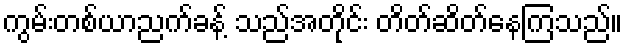
ကွမ်းတစ်ယာညက်ခန့် သည်အတိုင်း တိတ်ဆိတ်နေကြသည်။